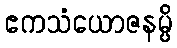
ဧကသံယောဇနမ္ပိ